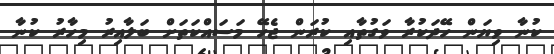
ކުނާ ވިޔަން ހޭދަކުރާ ވަގުތާއި ކުރަން ޖެހޭ މަސައްކަތަށް ބަލާއިރު މިހާރު ކުނާ